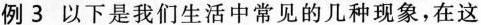
例 3 以下是我们生活中常见的几种现象，在这